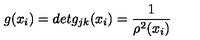
g ( x _ { i } ) = d e t g _ { j k } ( x _ { i } ) = \frac { 1 } { \rho ^ { 2 } ( x _ { i } ) }